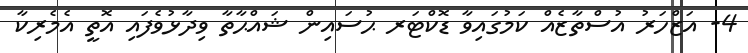
4- އަޒްހަރު އުސްތާޒެއް ކަމުގައިވާ ޑޮކްޓަރ ޙުސައިން ޝައްޙާތާ ވިދާޅުވެފައި އޮތީ އެމެރިކާ